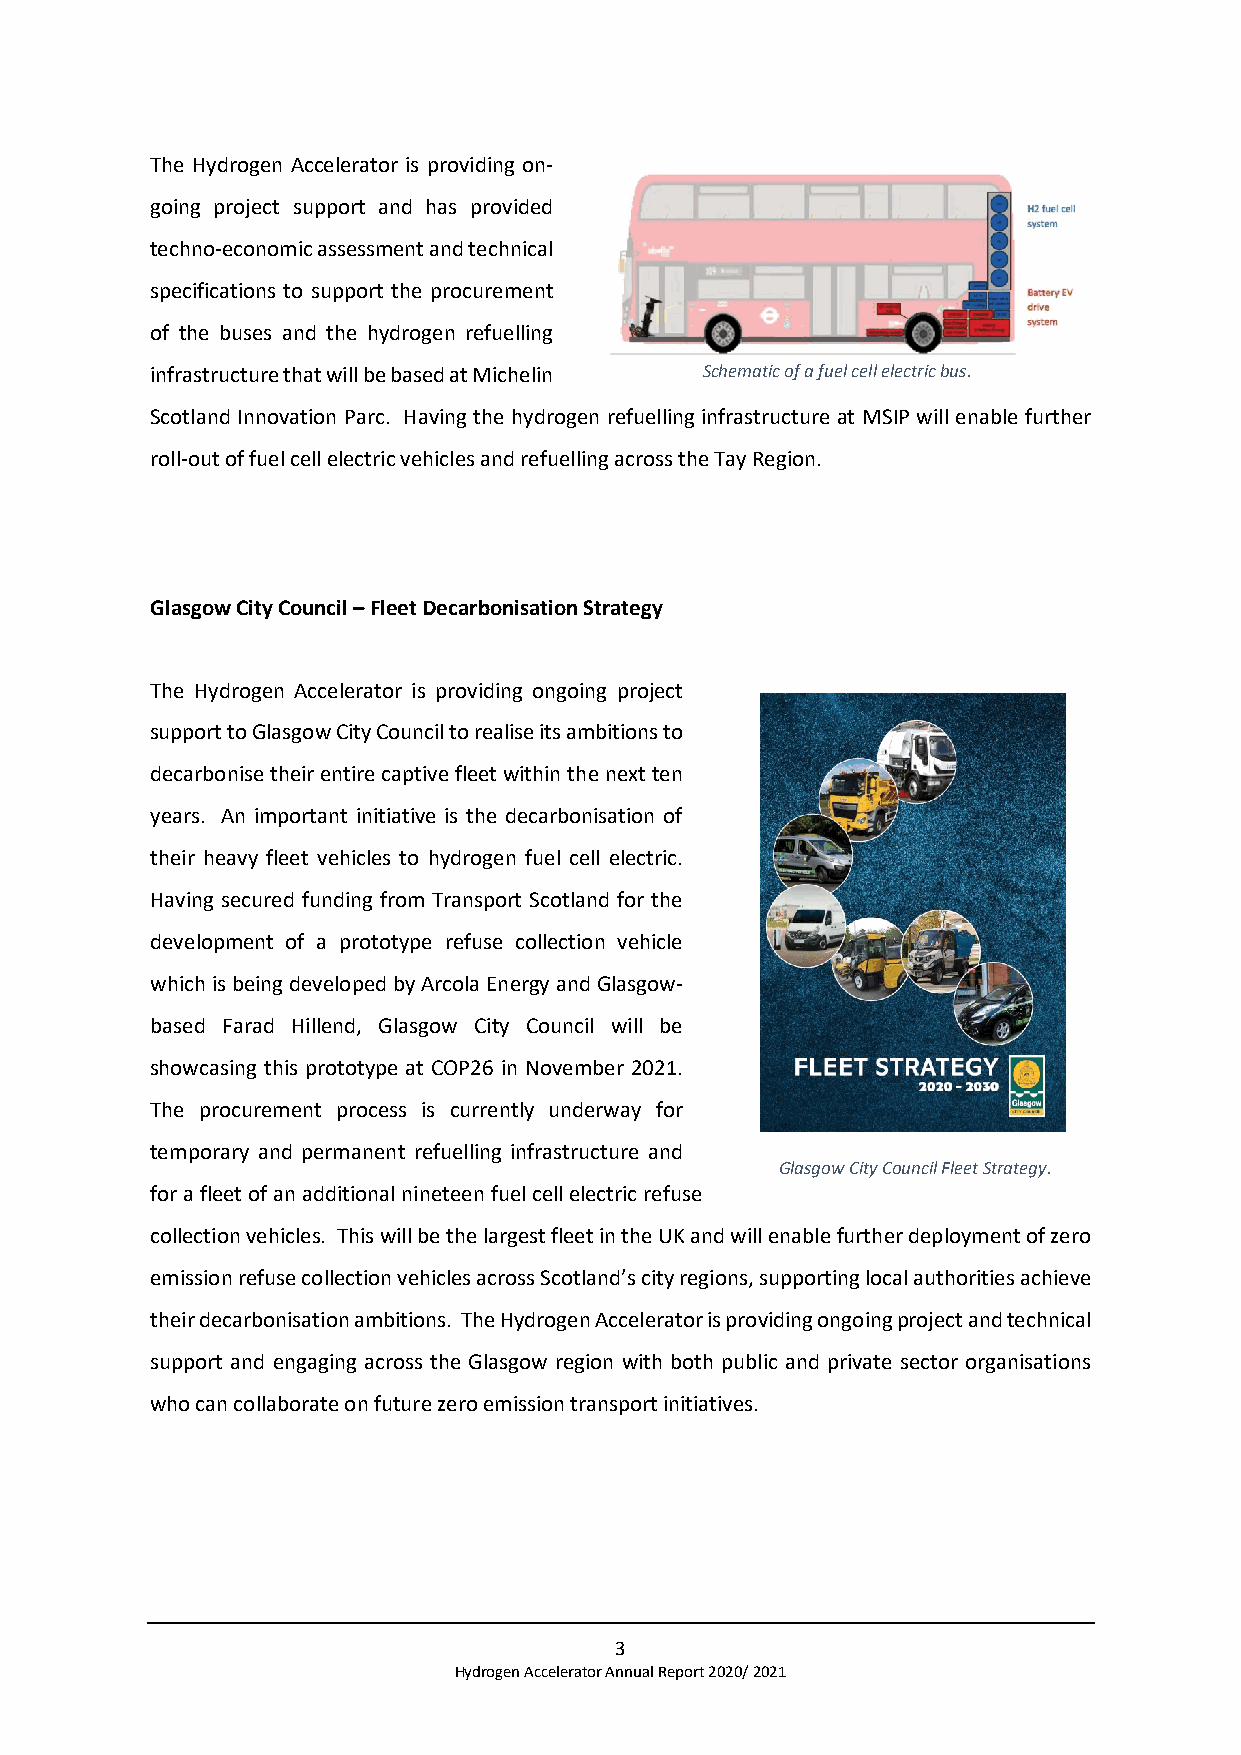
The Hydrogen Accelerator is providing on-
 going project support and has provided
 techno-economic assessment and technical
 specifications to support the procurement
 of the buses and the hydrogen refuelling
 infrastructure that will be based at Michelin Schematic of a fuel cell electric bus.
 Scotland Innovation Parc. Having the hydrogen refuelling infrastructure at MSIP will enable further
 roll-out of fuel cell electric vehicles and refuelling across the Tay Region.
 Glasgow City Council – Fleet Decarbonisation Strategy
 The Hydrogen Accelerator is providing ongoing project
 support to Glasgow City Council to realise its ambitions to
 decarbonise their entire captive fleet within the next ten
 years. An important initiative is the decarbonisation of
 their heavy fleet vehicles to hydrogen fuel cell electric.
 Having secured funding from Transport Scotland for the
 development of a prototype refuse collection vehicle
 which is being developed by Arcola Energy and Glasgow-
 based Farad Hillend, Glasgow City Council will be
 showcasing this prototype at COP26 in November 2021.
 The procurement process is currently underway for
 temporary and permanent refuelling infrastructure and
 Glasgow City Council Fleet Strategy.
 for a fleet of an additional nineteen fuel cell electric refuse
 collection vehicles. This will be the largest fleet in the UK and will enable further deployment of zero
 emission refuse collection vehicles across Scotland’s city regions, supporting local authorities achieve
 their decarbonisation ambitions. The Hydrogen Accelerator is providing ongoing project and technical
 support and engaging across the Glasgow region with both public and private sector organisations
 who can collaborate on future zero emission transport initiatives.
 3
 Hydrogen Accelerator Annual Report 2020/ 2021